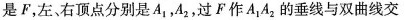
是F，左，右顶点分别是A_{1}，A_{2}，过F作A_{1}A_{2}的垂线与双曲线交